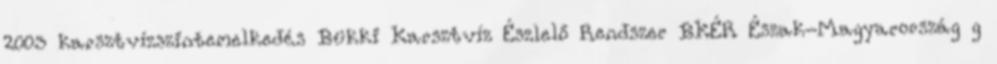
2003 karsztvízszintemelkedés Bükki Karsztvíz Észlelő Rendszer BKÉR Észak-Magyarország g